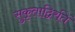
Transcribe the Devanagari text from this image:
सुकृताद्विरतिं